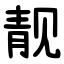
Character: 靓